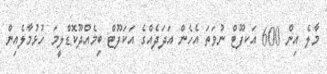
މާލެ އިން 600 އަކފޫޓް ނުވަތަ އެހެން އަދަދެއްގެ އަކަފޫޓް ބިމެއްދޫކޮޑްލީމަ ހުޅުމާލެއިން